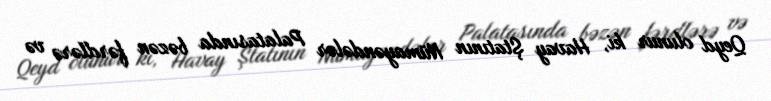
Qeyd olunur ki, Havay Ştatının Nümayəndələr Palatasında bəzən fərdlərə və